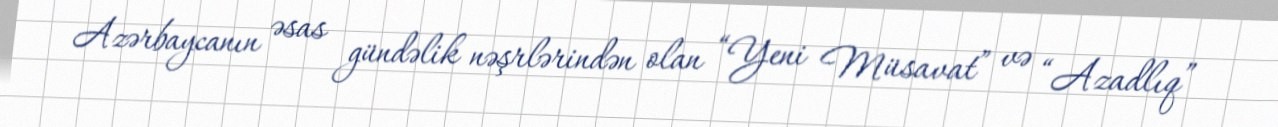
Azərbaycanın əsas gündəlik nəşrlərindən olan “Yeni Müsavat” və “Azadlıq”